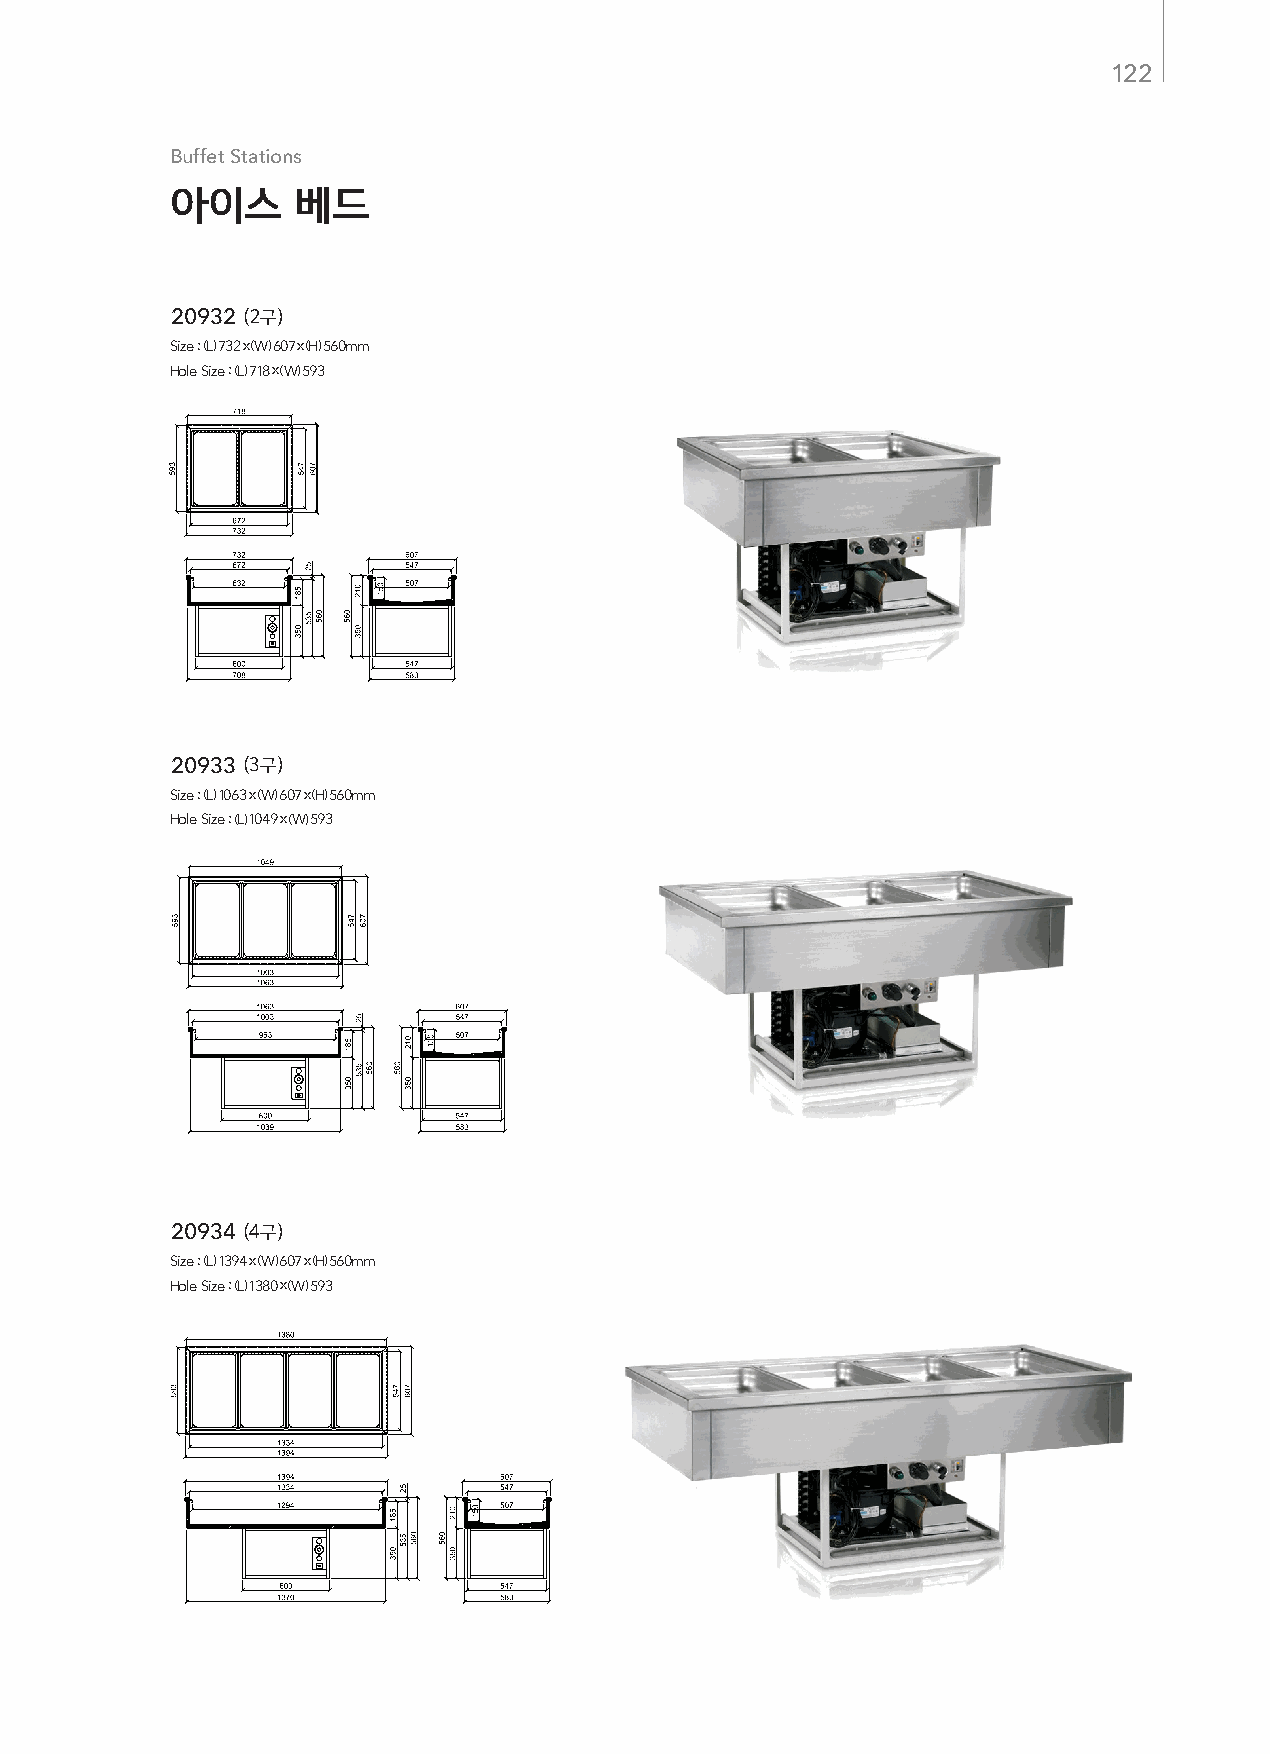
122
 Buffet Stations
 아이스      베드
 20932 (2구)
 Size : (L) 732 x (W) 607 x (H) 560mm
 Hole Size : (L) 718 x (W) 593
 20933 (3구)
 Size : (L) 1063 x (W) 607 x (H) 560mm
 Hole Size : (L) 1049 x (W) 593
 20934 (4구)
 Size : (L) 1394 x (W) 607 x (H) 560mm
 Hole Size : (L) 1380 x (W) 593